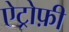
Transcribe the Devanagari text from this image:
ऐट्रोफ़ी